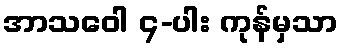
အာသဝေါ ၄-ပါး ကုန်မှသာ